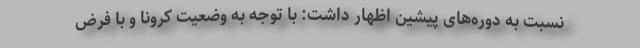
نسبت به دوره‌های پیشین اظهار داشت: با توجه به وضعیت کرونا و با فرض